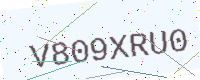
Text: V809XRU0